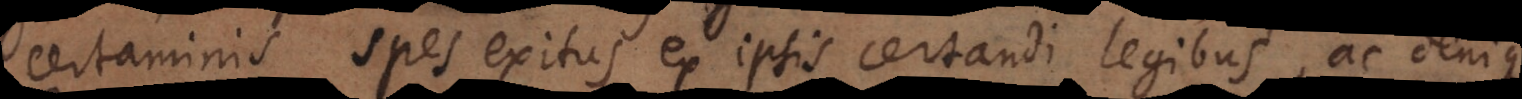
certaminis, spes exitus ex ipsis certandi legibus, ac denique